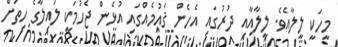
މީހަކީ ލީލާއެވެ. ލީލާއާއި ދުރުގައި އެހެން ޤައުމެއްގައި އުޅެން ޖެހުމަކީ ލައިލާގެ ހިތަށް